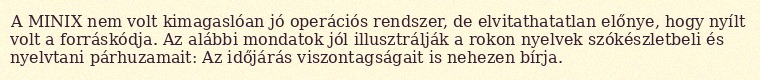
A MINIX nem volt kimagaslóan jó operációs rendszer, de elvitathatatlan előnye, hogy nyílt volt a forráskódja. Az alábbi mondatok jól illusztrálják a rokon nyelvek szókészletbeli és nyelvtani párhuzamait: Az időjárás viszontagságait is nehezen bírja.